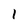
Character: 1